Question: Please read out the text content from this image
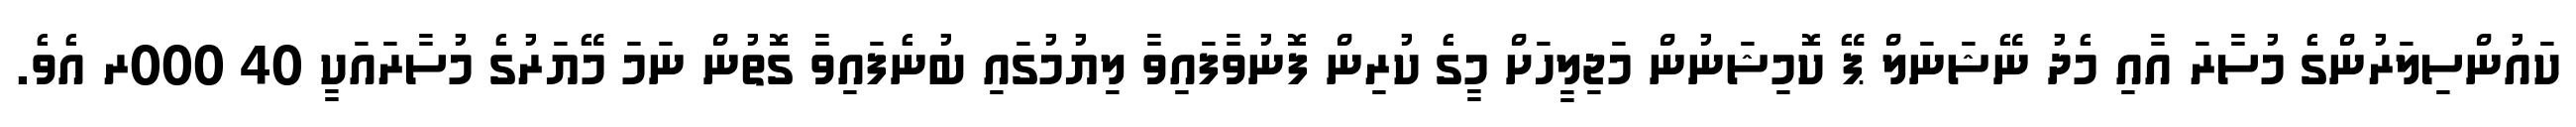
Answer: ކައުންސިލަރުންގެ މުސާރަ އާއި މެދު ނޭޝަނަލް ޕޭ ކޮމިޝަނުން މަޖިލީހަށް މީގެ ކުރިން ފޮނުވާފައިވާ ލިޔުމުގައި ބުނެފައިވާ ގޮތުން ނަމަ މޭޔަރުގެ މުސާރައަކީ 40 000ރ އެވެ.